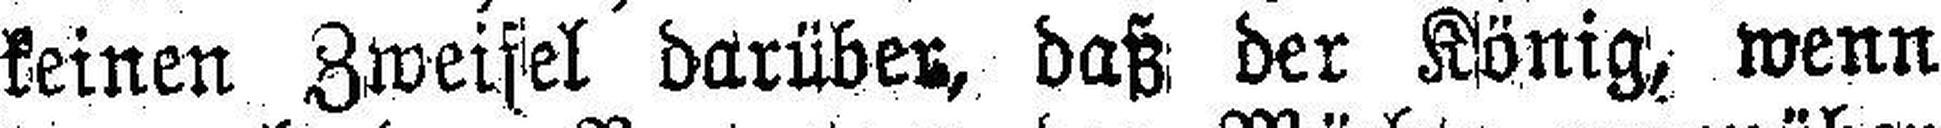
keinen Zweifel darüber, daß der König, wenn